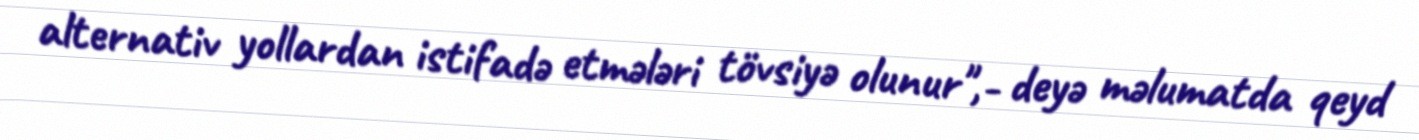
alternativ yollardan istifadə etmələri tövsiyə olunur",- deyə məlumatda qeyd